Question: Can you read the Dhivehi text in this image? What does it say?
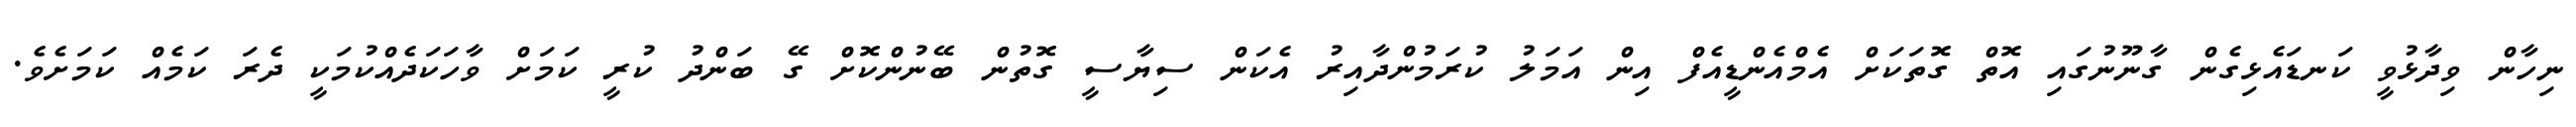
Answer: ނިހާން ވިދާޅުވީ ކަނޑައެޅިގެން ގާނޫނުގައި އޮތް ގޮތަކަށް އެމްއެންޑީއެފް އިން އަމަލު ކުރަމުންދާއިރު އެކަން ސިޔާސީ ގޮތުން ބޭނުންކޮށް ގޭ ބަންދު ކުރީ ކަމަށް ވާހަކަދެއްކުމަކީ ދެރަ ކަމެއް ކަމަށެވެ.